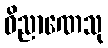
ဝိညာဏေသု